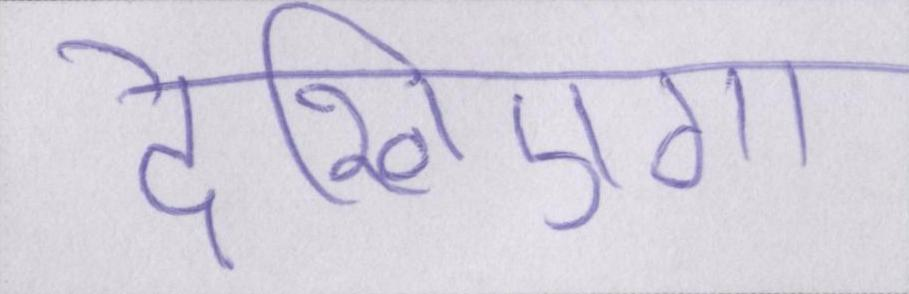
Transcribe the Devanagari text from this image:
देखिएगा